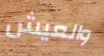
والعيش